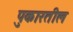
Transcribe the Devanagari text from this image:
पुकारतील